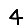
Digit: 4